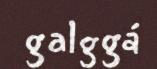
galggá